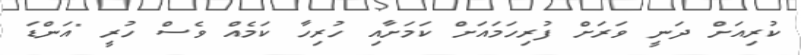
ކުރިއަށް ދަނީ ވަރަށް ފުރިހަމައަށް ކަަމަށާއި ހުރިހާ ކަމެއް ވެސް ހުރީ "އަންޑަ